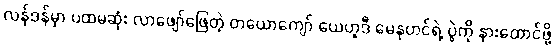
လန်ဒန်မှာ ပထမဆုံး လာဖျော်ဖြေတဲ့ တယောကျော် ယေဟူဒီ မေနုဟင်ရဲ့ ပွဲကို နားထောင်ဖို့